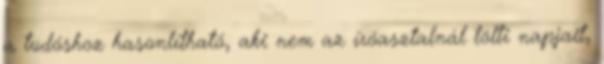
a tudóshoz hasonlítható, aki nem az íróasztalnál tölti napjait,